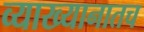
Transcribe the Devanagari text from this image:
व्याख्यानातच